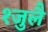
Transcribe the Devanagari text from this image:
१जुलै